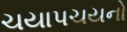
ચયાપચયનો